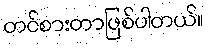
တင်စားတာဖြစ်ပါတယ်။